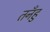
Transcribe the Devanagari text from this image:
तनँहु